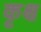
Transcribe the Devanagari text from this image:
कृक्ष